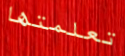
تعلمتها